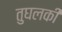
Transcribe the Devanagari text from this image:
तुघलकी